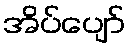
အိပ်ပျော်